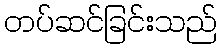
တပ်ဆင်ခြင်းသည်